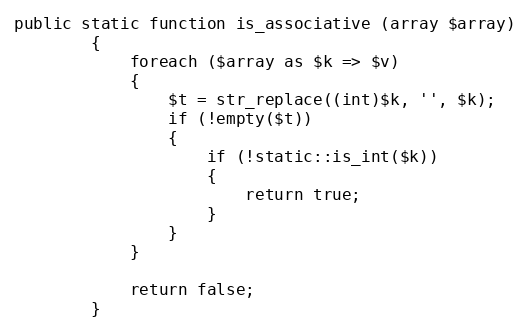
Language: PHP
public static function is_associative (array $array)
		{
			foreach ($array as $k => $v)
			{
				$t = str_replace((int)$k, '', $k);
				if (!empty($t))
				{
					if (!static::is_int($k))
					{
						return true;
					}
				}
			}

			return false;
		}